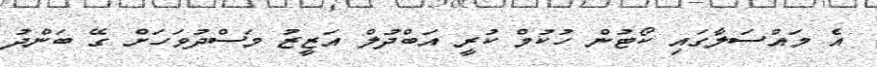
އެ މައްސަލާގައި ކޯޓުން ހުކުމް ކުރީ އަބްދުލް އަޒީޒު މަސްދުވަހަށް ގޭ ބަންދު